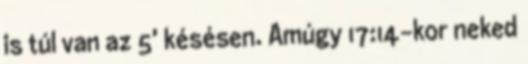
is túl van az 5' késésen. Amúgy 17:14-kor neked